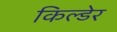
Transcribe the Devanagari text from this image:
किल्डेर